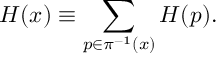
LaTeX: H ( x ) \equiv \sum _ { p \in \pi ^ { - 1 } ( x ) } H ( p ) .